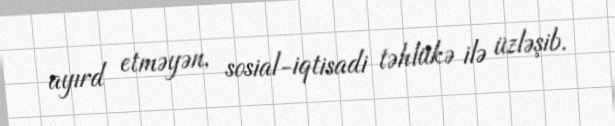
ayırd etməyən, sosial-iqtisadi təhlükə ilə üzləşib.